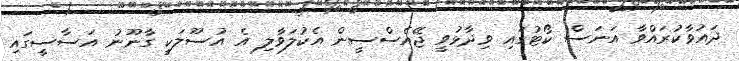
ދައުވާކުރައްވާ އަނަސް ކޯޓުގައި ވިދާޅުވީ ޖޭއެސްސީން އެކުލަވާލި އެ އުސޫލަކީ ގާނޫނު އަސާސީގައި